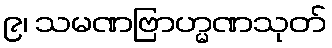
၉၊ သမဏဗြာဟ္မဏသုတ်